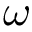
\omega